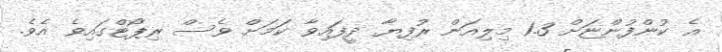
އެ ކުންފުންޏަށް 1.3 މިލިއަން ރުފިޔާ ދީފައިވާ ކަމަށް ވެސް ރިޕޯޓްގައިވެ އެވެ.